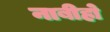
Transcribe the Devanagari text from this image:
नाबीहो